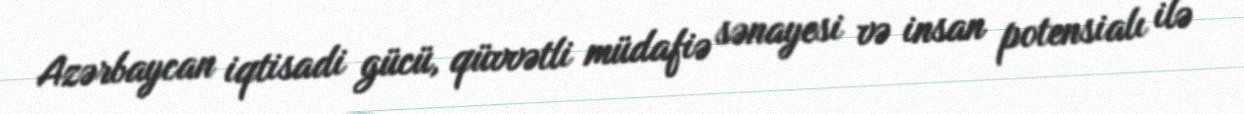
Azərbaycan iqtisadi gücü, qüvvətli müdafiə sənayesi və insan potensialı ilə